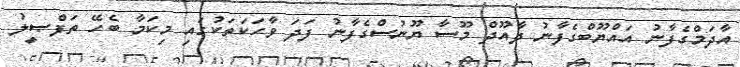
އާދަމްގެފާނު އައްޔޫބްގެފާނު ދާއޫދް މޫސާ ޔޫނުސްގެފާނު ފަދަ ވާހަކަތަކުގައި މިކަމާ ބެހޭ ތަފްޞީލު